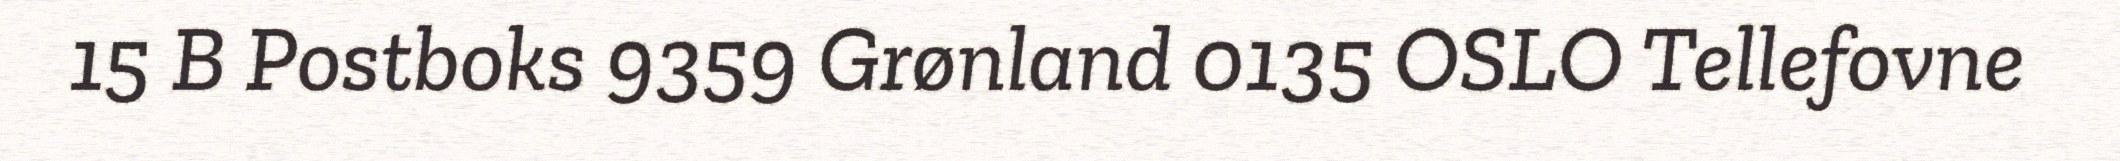
15 B Postboks 9359 Grønland 0135 OSLO Tellefovne